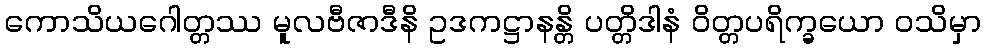
ကောသိယဂေါတ္တဿ မူလဗီဇာဒီနိ ဥဒကဋ္ဌာနန္တိ ပတ္တိဒါနံ ဝိတ္တပရိက္ခယော ဝသိမှာ